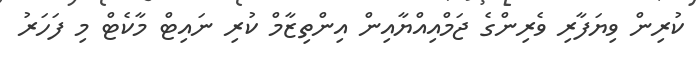
ކުރިން ވިޔަފާރި ވެރިންގެ ޖަމްއިއްޔާއިން އިންތިޒާމް ކުރި ނައިޓް މާކެޓް މި ފަހަރު